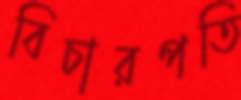
বিচারপতি